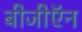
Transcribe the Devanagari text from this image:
बीजीऍन